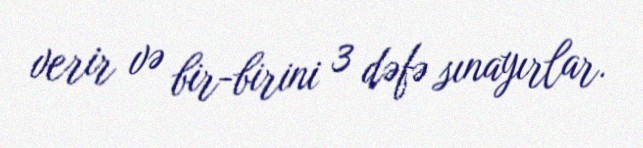
verir və bir-birini 3 dəfə sınayırlar.